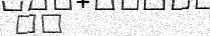
٣٠